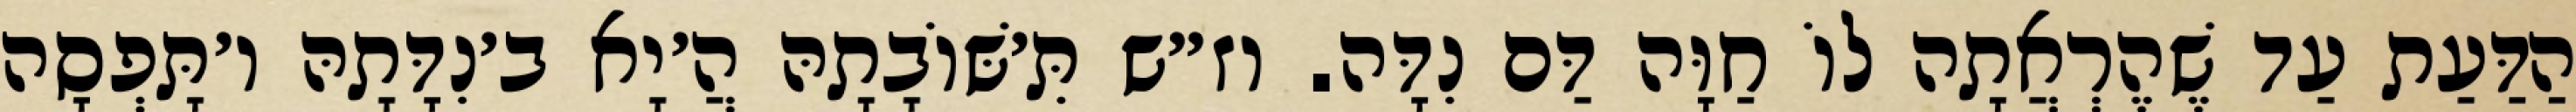
הַדַּעַת עַד שֶׁהֶרְאֲתָה לוֹ חַוָּה דַּם נִדָּה. וז״ש תִּ׳שּׁוֹבָתָהּ הֲ׳יָא ב׳נִדָּתָהּ ו׳תָּפְסָה